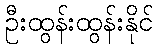
ဦးထွန်းထွန်းနိုင်